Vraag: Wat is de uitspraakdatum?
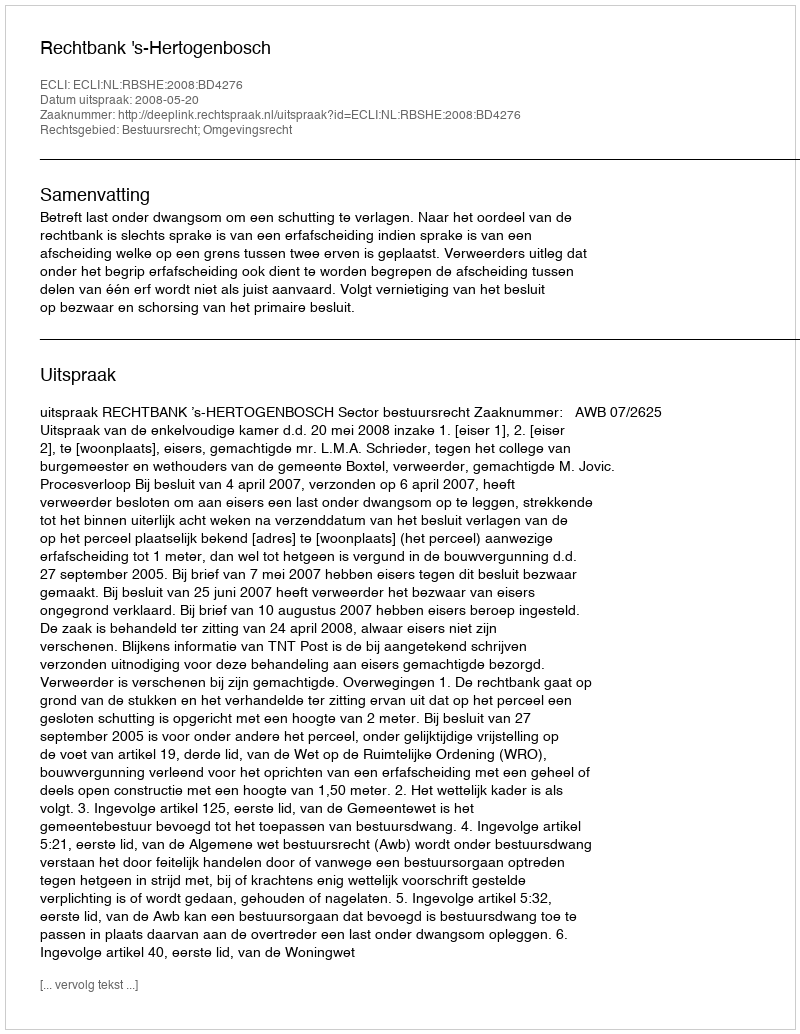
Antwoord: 2008-05-20